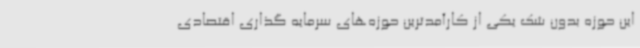
این حوزه بدون شک یکی از کارآمدترین حوزه‌های سرمایه گذاری اقتصادی